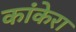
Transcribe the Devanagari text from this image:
कांकेरा